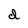
Character: d